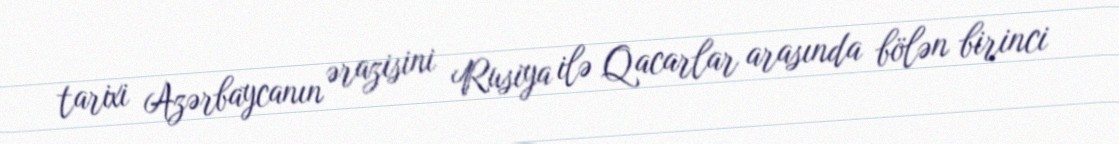
tarixi Azərbaycanın ərazisini Rusiya ilə Qacarlar arasında bölən birinci